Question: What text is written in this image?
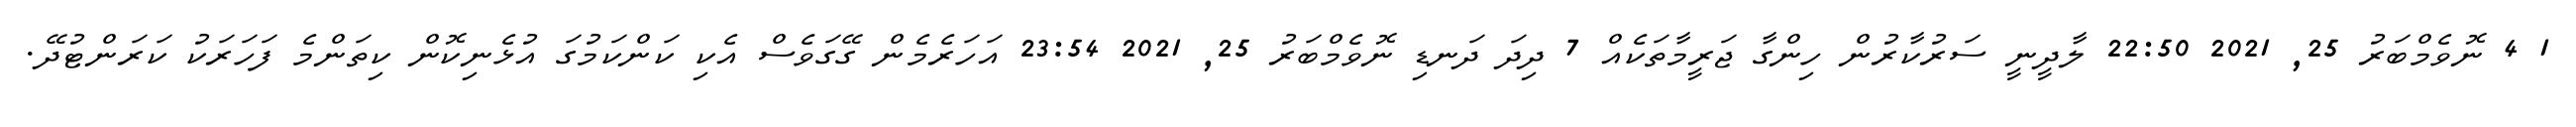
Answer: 1 4 ނޮވެމްބަރު 25, 2021 22:50 ލާދީނީ ސަރުކާރުން ހިންގާ ޖަރީމާތަކެއް 7 ދިދަ ދަނޑި ނޮވެމްބަރު 25, 2021 23:54 އަހަރެމެން ގޭގަވެސް އެކި ކަންކަމުގަ އުޅެނިކޮން ކިތަންމެ ފަހަރަކު ކަރަންޓުދޭ.